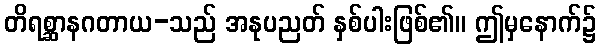
တိရစ္ဆာနဂတာယ-သည် အနုပညတ် နှစ်ပါးဖြစ်၏။ ဤမှနောက်၌